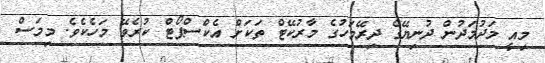
މިއީ މަދުމަދުން ދުނިޔޭގެ ދިރޭމަހުގެ މާރުކޭޓް ތަކަށް އެކްސްޕޯޓް ކުރެވޭ މަހެކެވެ. މިމަސް